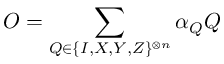
O = \sum _ { Q \in \{ I , X , Y , Z \} ^ { \otimes n } } \alpha _ { Q } Q